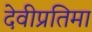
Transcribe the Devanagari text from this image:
देवीप्रतिमा